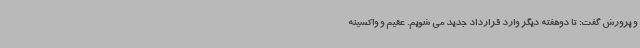
و پرورش گفت: تا دوهفته دیگر وارد قرارداد جدید می شویم. عقیم‌ و واکسینه